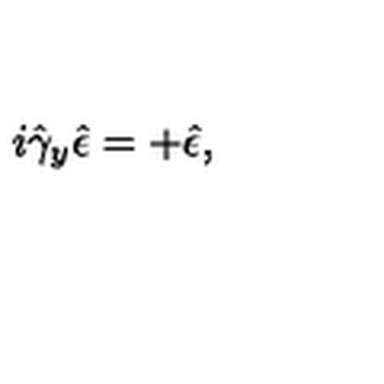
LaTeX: i \hat { \gamma } _ { y } \hat { \epsilon } = + \hat { \epsilon } ,